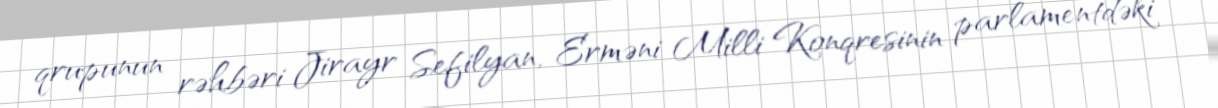
qrupunun rəhbəri Jirayr Sefilyan, Erməni Milli Konqresinin parlamentdəki